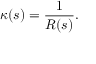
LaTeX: \kappa ( s ) = { \frac { 1 } { R ( s ) } } .